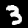
Label: 3